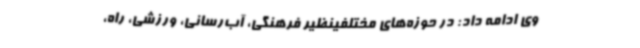
وی ادامه داد: در حوزه‌های مختلفینظیر فرهنگی، آب‌رسانی، ورزشی، راه،